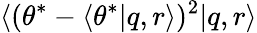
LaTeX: \langle(\theta^{*}-\langle\theta^{*}|q,r\rangle)^{2}|q,r\rangle